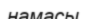
намасы